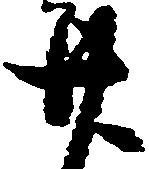
廿